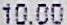
10.00